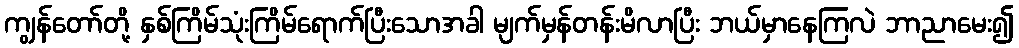
ကျွန်တော်တို့ နှစ်ကြိမ်သုံးကြိမ်ရောက်ပြီးသောအခါ မျက်မှန်တန်းမိလာပြီး ဘယ်မှာနေကြလဲ ဘာညာမေး၍